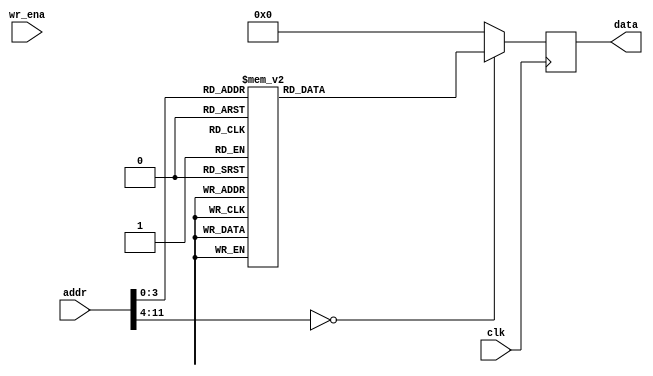
module mem_w_real (clk, addr, wr_ena, data);
parameter DATA_WIDTH =  32;
input clk;
input [11:0] addr;
input wr_ena;
output [DATA_WIDTH-1:0] data;
reg    [DATA_WIDTH-1:0] data;
always@(posedge clk) begin
    case(addr)
        0:  data   <=  32'b0_0000_0000_0000_0000_0000_0000_0000_000;
        1:  data   <=  32'b0_0111_1111_0000_0000_0000_0000_0000_000 ;
        2:  data   <=  32'b0_0111_1110_0110_1010_0000_1001_1110_011 ;
        3:  data   <=  32'b0_0100_1001_0001_1010_0110_0010_0110_001 ;
        4:  data   <=  32'b1_0111_1110_0110_1010_0000_1001_1110_011 ;
        5:  data   <=  32'b1_0111_1111_0000_0000_0000_0000_0000_000 ;
        6:  data   <=  32'b1_0111_1110_0110_1010_0000_1001_1110_011 ;
        7:  data   <=  32'b1_0100_1010_1010_0111_1001_0011_1001_010 ;
        8:  data   <=  32'b0_0111_1110_0110_1010_0000_1001_1110_011;
        default: data <= 0;
    endcase
end
endmodule